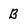
Character: B